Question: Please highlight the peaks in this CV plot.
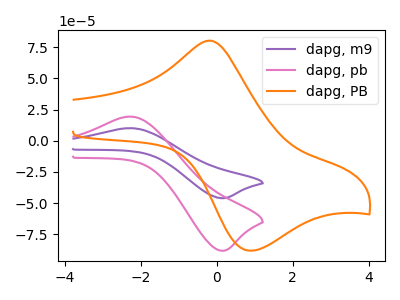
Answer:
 <answer>The purple curve "dapg, m9" has an anodic peak at (-2.30V, 10.15uA) and a cathodic peak at (0.10V, -46.00uA). The pink curve "dapg, pb" has an anodic peak at (-2.30V, 19.45uA) and a cathodic peak at (0.10V, -88.15uA). The orange curve "dapg, PB" has an anodic peak at (-0.20V, 80.20uA) and a cathodic peak at (0.90V, -88.05uA).</answer>
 <eval></eval>